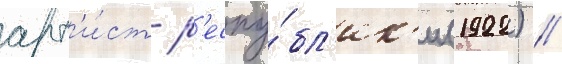
арт'и́ст р'еспу́бл'ик'и (1922) //